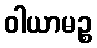
ဝါယာမဉ္စ